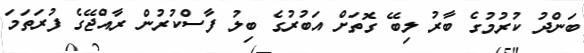
ބަންދު ކުރުމުގެ ބާރު ލިބޭ ގޮތަށް އަބުރުގެ ބިލު ފާސްކުރުން ރާއްޖޭގެ ފުރަތަމަ